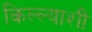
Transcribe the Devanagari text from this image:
किल्ल्याशी